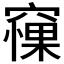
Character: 𥧵